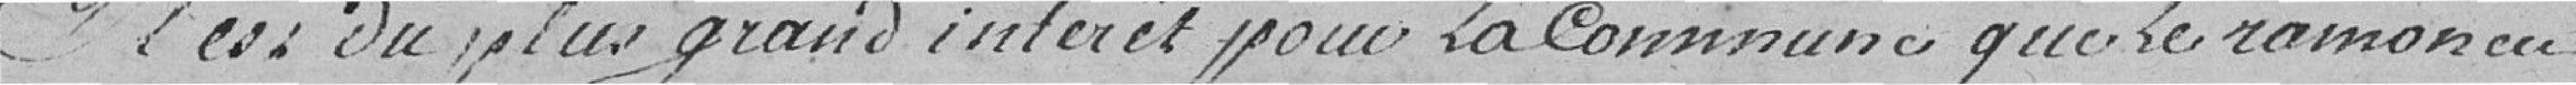
Il est du plus grand intérêt pour la commune que le ramoneur